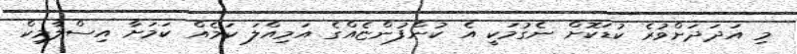
މި އަދަދަށްވުރެ ކުޑަކޮށް ނެގުމަކީ އެ ކުންފުންޏެއްގެ އަމިއްލަ ކަމެއް ކަމަށާ އިސްލާމިކް